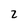
Character: 2